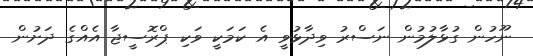
ނޫހުން ގުޅާލުމުން ނަސްރު ވިދާޅުވީ އެ ކަމަކީ ވަކި ޕްރޮސީޖާ އެއްގެ ދަށުން